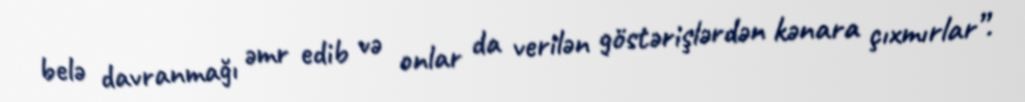
belə davranmağı əmr edib və onlar da verilən göstərişlərdən kənara çıxmırlar”.